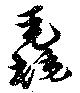
毳